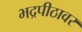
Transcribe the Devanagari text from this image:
भद्रपीठावर